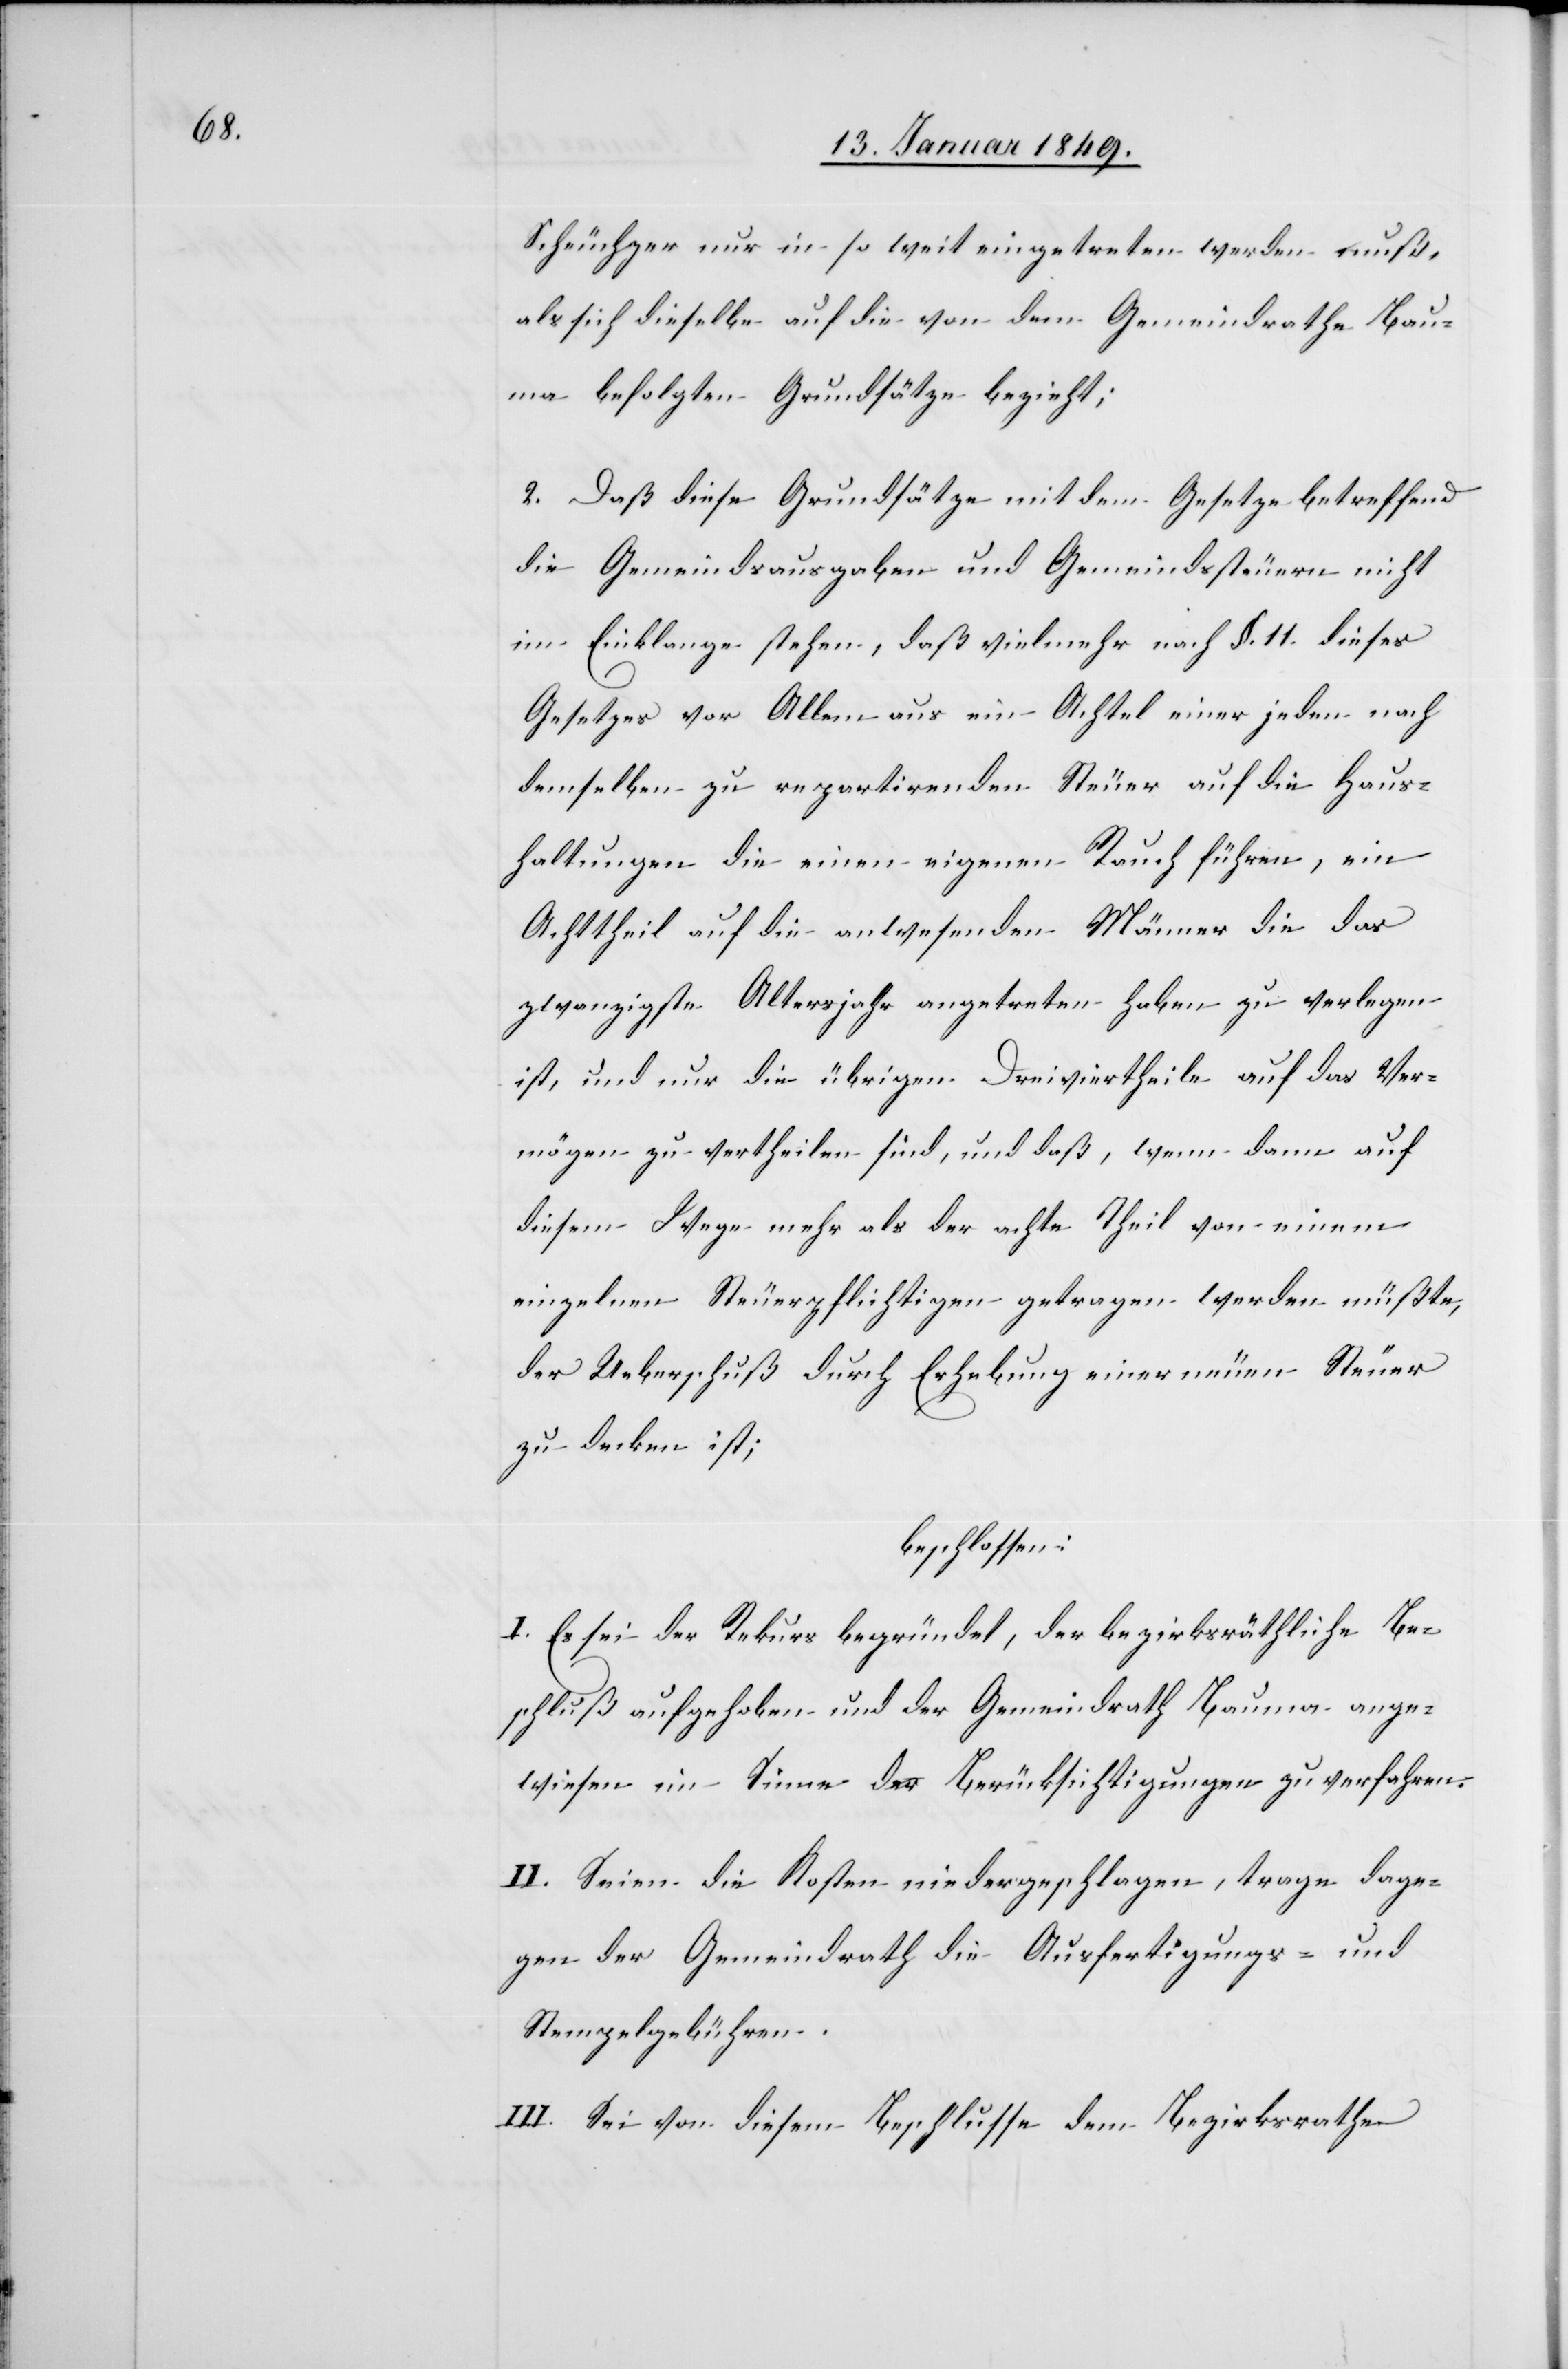
Scheuchzer nur in so weit eingetreten werden muß,
als sich dieselbe auf die von dem Gemeindrathe Bau¬
ma befolgten Grundsätze bezieht;
Daß diese Grundsätze mit dem Gesetze betreffend
die Gemeindsausgaben und Gemeindssteuern nicht
im Einklange stehen, daß vielmehr nach §. 11. dieses
Gesetzes vor Allem aus ein Achtel einer jeden nach
demselben zu repartirenden Steuer auf die Haus¬
haltungen die einen Rauch führen, ein Achttheil
zwanzigste Altersjahr angetreten haben zu verlegen
ist, und nur die übrigen Dreiviertheile auf das Ver¬
mögen zu vertheilen sind, und daß, wenn dann auf
diesem Wege mehr als der achte Theil von einem
einzelnen Steuerpflichtigen getragen werden müßte,
der Ueberschuß durch Erhebung einer neuen Steuer
zu decken ist;
beschlossen:
I. Es sei der Rekurs begründet, der bezirksräthliche Be¬
schluß aufgehoben und der Gemeindrath ange¬
wiesen im Sinne der Berücksichtigungen zu verfahren.
II. Seien die Kosten niedergeschlagen, trage dage¬
gen der Gemeindrath die Ausfertigungs- und
Stempelgebühren.
III. Sei von diesem Beschlusse dem Bezirksrathe